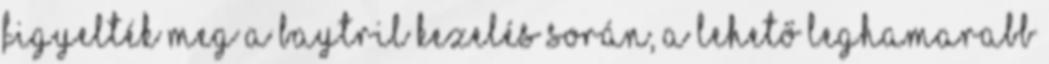
figyelték meg a Baytril kezelés során, a lehető leghamarabb